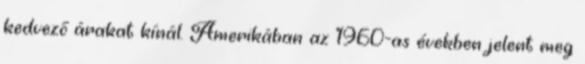
kedvező árakat kínál. Amerikában az 1960-as években jelent meg